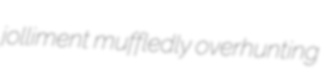
jolliment muffledly overhunting